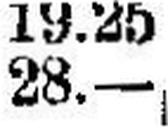
28.—